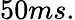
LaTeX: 50ms.